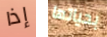
إذا بحياتها